[Report on the health of British troops in the Madras command]
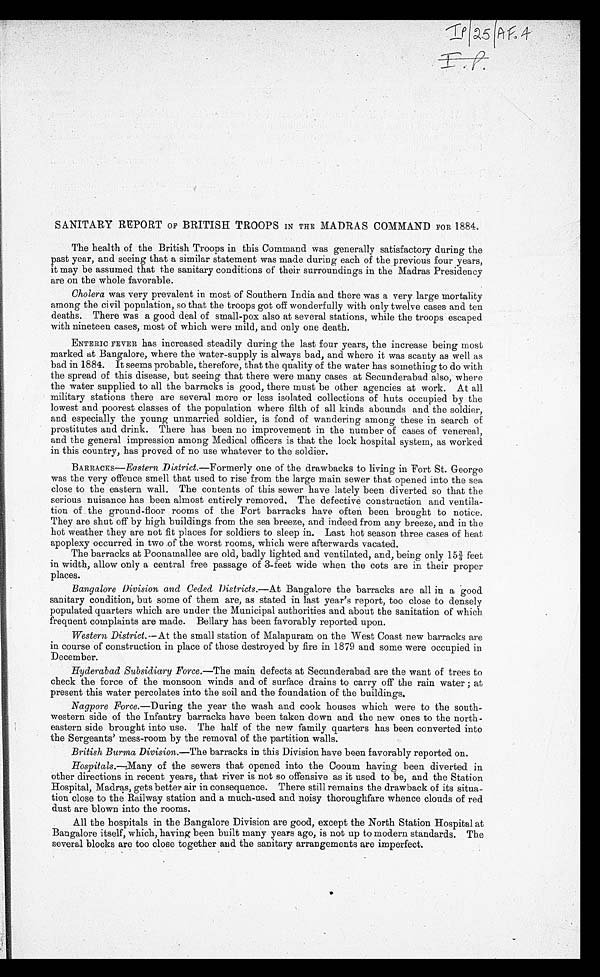
I P / 2 5 / A F . 4 SANITARY REPORT OF BRITISH TROOPS IN THE MADRAS COMMAND FOR 1884.
The health of the British Troops in this Command was generally satisfactory during the
past year, and seeing that a similar statement was made during each of the previous four years,
it may be assumed that the sanitary conditions of their surroundings in the Madras Presidency
are on the whole favorable.
Cholera was very prevalent in most of Southern India and there was a very large mortality
among the civil population, so that the troops got off wonderfully with only twelve cases and ten
deaths. There was a good deal of small-pox also at several stations, while the troops escaped
with nineteen cases, most of which were mild, and only one death.
ENTERIC FEVER has increased steadily during the last four years, the increase being most
marked at Bangalore, where the water-supply is always bad, and where it was scanty as well as
bad in 1884. It seems probable, therefore, that the quality of the water has something to do with
the spread of this disease, but seeing that there were many cases at Secunderabad also, where
the water supplied to all the barracks is good, there must be other agencies at work. At all
military stations there are several more or less isolated collections of huts occupied by the
lowest and poorest classes of the population where filth of all kinds abounds and the soldier,
and especially the young unmarried soldier, is fond of wandering among these in search of
prostitutes and drink. There has been no improvement in the number of cases of venereal,
and the general impression among Medical officers is that the lock hospital system, as worked
in this country, has proved of no use whatever to the soldier.
BARRACKS— Eastern District .—Formerly one of the drawbacks to living in Fort St. George
was the very offence smell that used to rise from the large main sewer that opened into the sea
close to the eastern wall. The contents of this sewer have lately been diverted so that the
serious nuisance has been almost entirely removed, The defective construction and ventila
- t i o n o f t h e g r o u n d - f l o o r r o o m s o f t h e F o r t b a r r a c k s h a v e o f t e n b e e n b r o u g h t t o n o t i c e .
They are shut off by high buildings from the sea breeze, and indeed from any breeze, and in the
hot weather they are not fit places for soldiers to sleep in. Last hot season three cases of heat
apoplexy occurred in two of the worst rooms, which were afterwards vacated.
The barracks at Poonamallee are old, badly lighted and ventilated, and, being only 153/4 feet
in width, allow only a central free passage of 3-feet wide when the cots are in their proper
places.
Bangalore Division and Ceded Districts .—At Bangalore the barracks are all in a good
sanitary condition, but some of them are, as stated in last year's report, too close to densely
populated quarters which are under the Municipal authorities and about the sanitation of which
frequent complaints are made. Bellary has been favorably reported upon.
Western District.—At the small station of Malapuram on the West Coast new barracks are
in course of construction in place of those destroyed by fire in 1879 and some were occupied in
December.
Hyderabad Subsidiary Force .—The main defects at Secunderabad are the want of trees to
check the force of the monsoon winds and of surface drains to carry off the rain water; at
present this water percolates into the soil and the foundation of the buildings.
Nagpore Force.—During the year the wash and cook houses which were to the south
-western side of the Infantry barracks have been taken down and the new ones to the north
- e a s t e r n s i d e b r o u g h t i n t o u s e . T h e h a l f o f t h e n e w f a m i l y q u a r t e r s h a s b e e n c o n v e r t e d i n t o
the Sergeants' mess-room by the removal of the partition walls.
British Burma Division.—The barracks in this Division have been favorably reported on.
Hospitals .—Many of the sewers that opened into the Cooum having been diverted in
other directions in recent years, that river is not so offensive as it used to be, and the Station
Hospital, Madras, gets better air in consequence. There still remains the drawback of its situa
- t i o n c l o s e t o t h e R a i l w a y s t a t i o n a n d a m u c h - u s e d a n d n o i s y t h o r o u g h f a r e w h e n c e c l o u d s o f r e d
dust are blown into the rooms.
All the hospitals in the Bangalore Division are good, except the North Station Hospital at
Bangalore itself, which, having been built many years ago, is not up to modern standards. The
several blocks are too close together and the sanitary arrangements are imperfec
t .